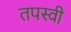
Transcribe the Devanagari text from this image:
तपस्‍वी